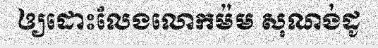
ឲ្យដោះលែងលោកម៉ម សុណង់ដូ